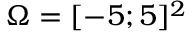
\Omega = [ - 5 ; 5 ] ^ { 2 }